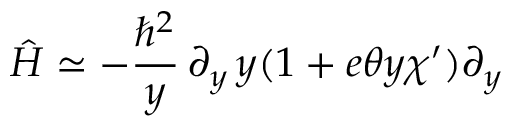
\hat { H } \simeq - { \frac { \hbar \sp 2 } { y } } \, \partial _ { y } \, y ( 1 + e \theta y \chi ^ { \prime } ) \partial _ { y }